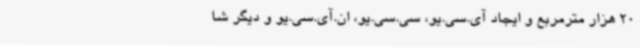
20 هزار مترمربع و ایجاد آی.سی.یو، سی.سی.یو، ان.آی.سی.یو و دیگر شا